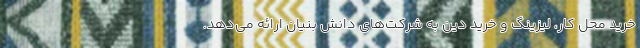
خرید محل کار، لیزینگ و خرید دین به شرکت‌های دانش بنیان ارائه می‌دهد.